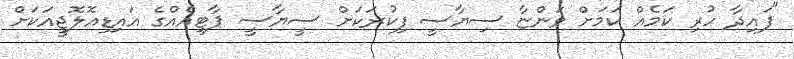
"ފައިދާ ހުރި ކަމެއް ކަމަށް ވަންޏާ ސިޔާސީ ފިކުރަކަށް ސީޔާސީ ޕާޓީއެއްގެ އައިޑިއޮލޮޖީއަކަށް